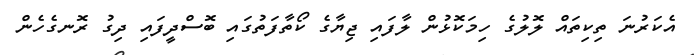
އެކަރުނަ ތިކިތައް ލޮލުގެ ހިމަކޮޅުން ލާފައި ޖިޔާގެ ކޯތާފަތުގައި ބޮސްދީފައި ދިގު ރޮނގެހެން